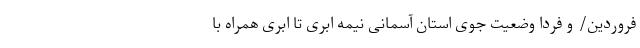
فروردین/ و فردا وضعیت جوی استان آسمانی نیمه ابری تا ابری همراه با